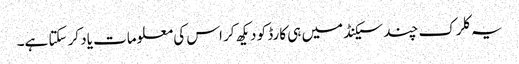
یہ کلرک چند سیکنڈ میں ہی کارڈ کو دیکھ کر اس کی معلومات یاد کر سکتا ہے۔